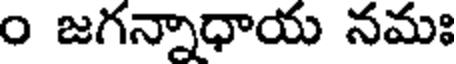
ం జగన్నాధాయ నమః